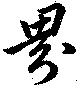
界